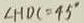
\angle H D C = 4 5 ^ { \circ }